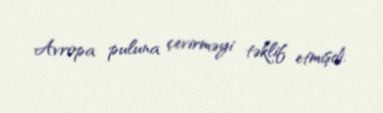
Avropa puluna çevirməyi təklif etmişdi.